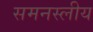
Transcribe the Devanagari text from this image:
समनस्लीय